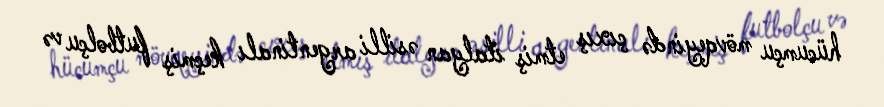
hücumçu mövqeyində çıxış etmiş italyan əsilli argentinalı keçmiş futbolçu və